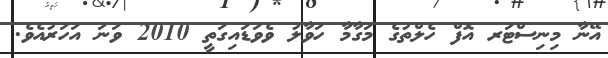
އޭނާ މިނިސްޓަރ އޮފް ހެލްތުގެ މަގާމާ ހަވާލު ވެވަޑައިގަތީ 2010 ވަނަ އަހަރުއެވެ.